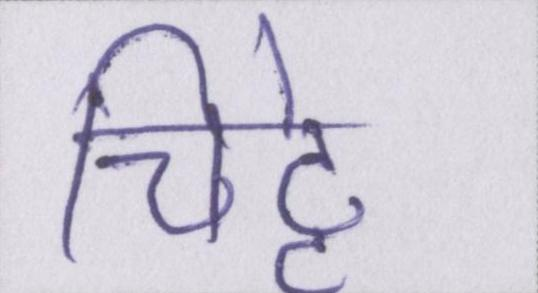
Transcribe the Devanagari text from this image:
चिट्ठे